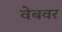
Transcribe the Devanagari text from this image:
वेबवर